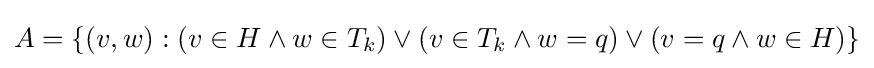
A=\{(v,w):(v\in H\wedge w\in T_{k})\vee (v\in T_{k}\wedge w=q)\vee (v=q\wedge w\in H)\}